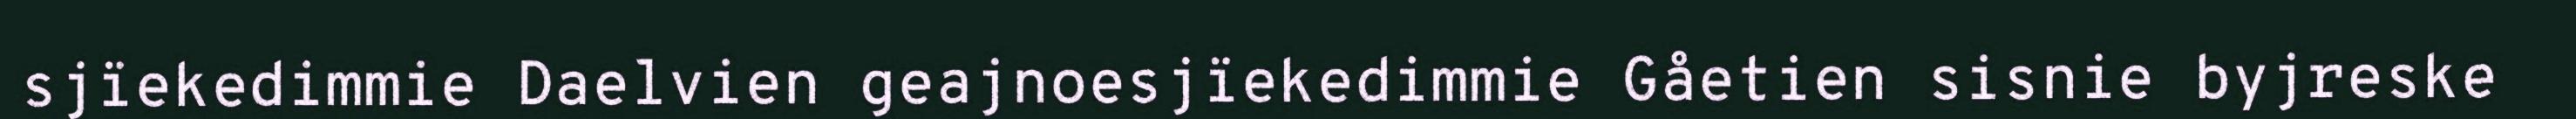
sjïekedimmie Daelvien geajnoesjïekedimmie Gåetien sisnie byjreske